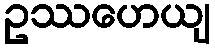
ဥဿဟေယျ